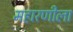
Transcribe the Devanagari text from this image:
महारणीला